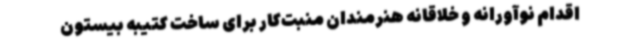
اقدام نوآورانه و خلاقانه هنرمندان منبت‌کار برای ساخت کتیبه بیستون